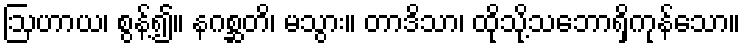
ဩဟာယ၊ စွန့်၍။ နဂစ္ဆတိ၊ မသွား။ တာဒိသာ၊ ထိုသို့သဘောရှိကုန်သော။